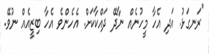
"ރަނގަޅު. އަދި އެހާ މީހުނެއް ނާދޭ ދައްކާކަށް. އެހެންވެ އެހާ ބިޒީއެއް ނުވޭ.